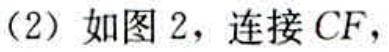
（2）如图2，连接 \(CF\)，